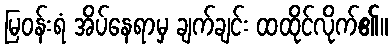
မြဝန်းရံ အိပ်နေရာမှ ချက်ချင်း ထထိုင်လိုက်၏။